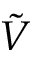
\tilde { V }